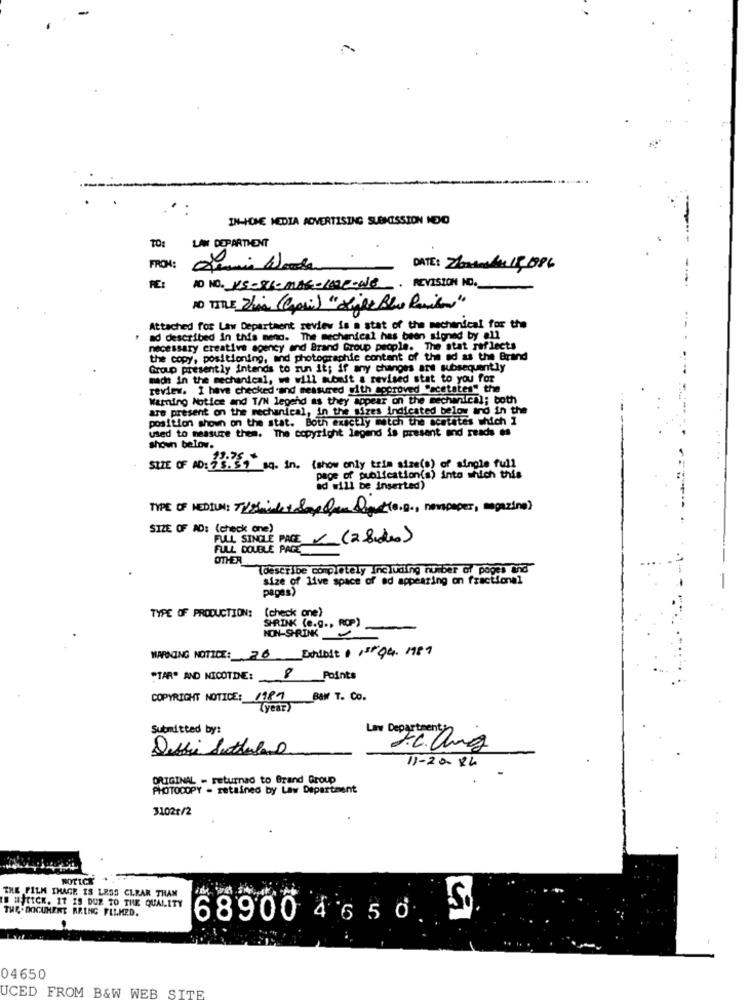
IN-HOME MEDIA ADVERTISING SUBMISSION NDNO
TO:
LAW DEPARTMENT
FROM:
DATE: Zbatatas 15,1886
RE:
AD NO. VS-SI-MAG-IN-ONE. REVISION NO.
Attached for Law Department review is a stat of the mechanical for the
ad described in this meng. The mechanical has been signed by all
necessary creative agency and Brand Group people. The stat reflects
the copy, positioning, and photographie content of the ad as the Brand
Group presently intends to run it; if any changes are subsequently
made in the mechanical, we will submit a revised stat to you for
review. I have checked and measured with agoroved "acetates" the
Warning Notice and T/N legend as they appear on the mechanical; both
are present on the mechanical, in the sizes indicated below and in the
position shown on the stat. Both exactly watch the acetates which 1
used to measure them. The copyright legend is present and reads es
shown below.
SIZE OF AD: 7 S. 5" sq. in. (show only trim size(s) of single full
page of publication(s) into which this
id will be inserted)
TYPE OF MEDIUM: Thisainlet Say er Dog(0.0 ., newspaper, magazine)
SIZE OF AD: (check one)
FULL SINGLE PACE (2 8 dias)
FULL DOUBLE PACE
OTHER
[describe completely including number of pages and
size of live space of ad appearing on fractional
pages)
(check one)
TYPE OF PRODUCTION:
SHRINK (e.g ., ROP)
-
NON-SHRINK
WARNING NOTICE: 30 Dnibit 11st 04. 1987
"TAR" AND NICOTDE: 8 Points
COPYRIGHT NOTICE: 1989 BAN T. Co.
(year)
Submitted by:
Low Department
Debbie Sutherland
Fc.ang
11-2084
ORIGINAL - returnad to Brand Group
PHOTOCOPY - retained by Law Department
31021/2
MOTICK
THE FILM IMAGE IS LESS CLEAR THAN
TE MITICK. IT IS DUE TO THE QUALITY
THE -DOCUMENT ARING FILMED.
68900 4 65 0
04650
UCED FROM B&W WEB SITE